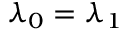
\lambda _ { 0 } = \lambda _ { 1 }